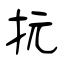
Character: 抏